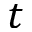
t